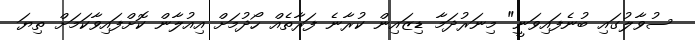
ސުވާލުގައި ބުނެފައިވަނީ" މިނަރުދަމާ ޑިޒައިން ކުރާނެ ފަރާތެއް ހޯދުމަށް އިއުލާން ކޮށްފައިވާކަމަށް ތިޔަ